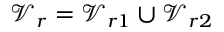
\mathcal { V } _ { r } = \mathcal { V } _ { r 1 } \cup \mathcal { V } _ { r 2 }